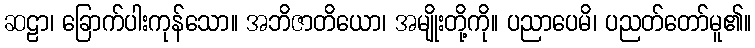
ဆဠာ၊ ခြောက်ပါးကုန်သော။ အဘိဇာတိယော၊ အမျိုးတို့ကို။ ပညာပေမိ၊ ပညတ်တော်မူ၏။